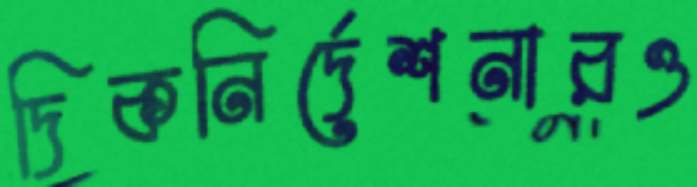
দিকনির্দেশনারও